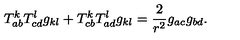
T _ { a b } ^ { k } T _ { c d } ^ { l } g _ { k l } + T _ { c b } ^ { k } T _ { a d } ^ { l } g _ { k l } = \frac 2 { r ^ { 2 } } g _ { a c } g _ { b d } .